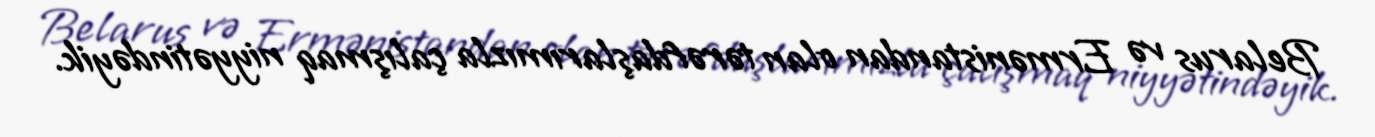
Belarus və Ermənistandan olan tərəfdaşlarımızla çalışmaq niyyətindəyik.